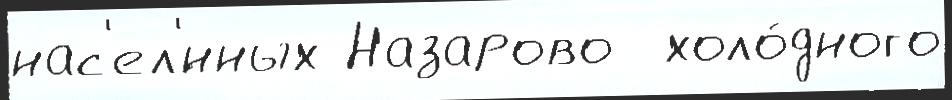
нас'ел'́нных Назарово  холо́дного